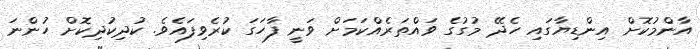
އާންމުކޮށް އިންޑިޔާގައި ހެދޭ މުގުގެ ވައްތަރެއްކަމަށް ވަނީ ފާހަގަ ކުރެވިފައެވެ. ކުދިކުދިކޮށް ހުންނަ